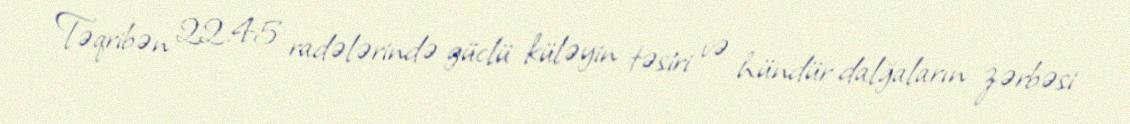
Təqribən 22.45 radələrində güclü küləyin təsiri və hündür dalğaların zərbəsi